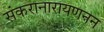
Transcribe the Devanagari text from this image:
संकरानारायणनन